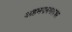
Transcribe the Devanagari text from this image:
अहमदनगरावर